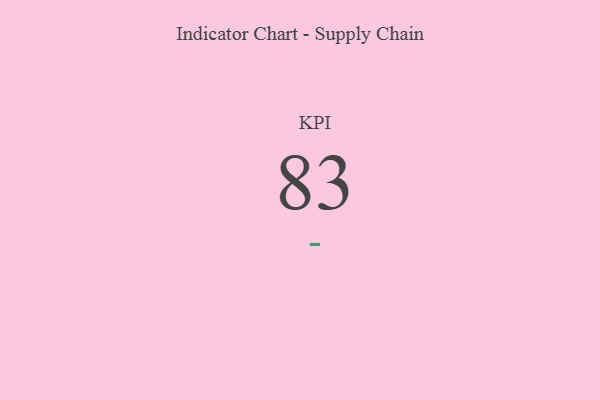
{"axis": {"x": "KPI", "y": "Value"}, "legend": [""], "data": [{"x": "KPI", "y": 83, "type": ""}]}